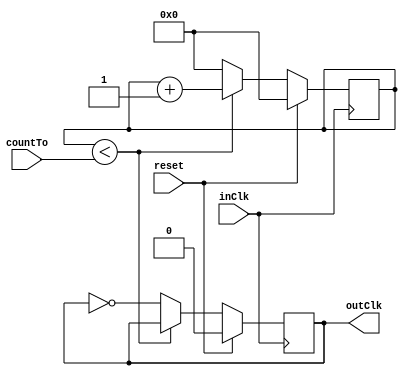
module Clock_Divider(inClk, outClk, reset, countTo); 
	input inClk;  
	input reset;
	output reg outClk = 0; 
	input [31:0] countTo; 
	reg[31:0] count;
	
	always@(posedge inClk) begin 
		if (reset) begin
			count = 0;
			outClk = 0;
		end 
		else begin
			if (count <countTo) begin 
				count = count + 1; 
			end 
			else begin 
				outClk = ~outClk; 
				count = 0; 
			end 
		end
	end 

endmodule